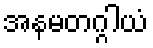
အနမတဂ္ဂါယံ